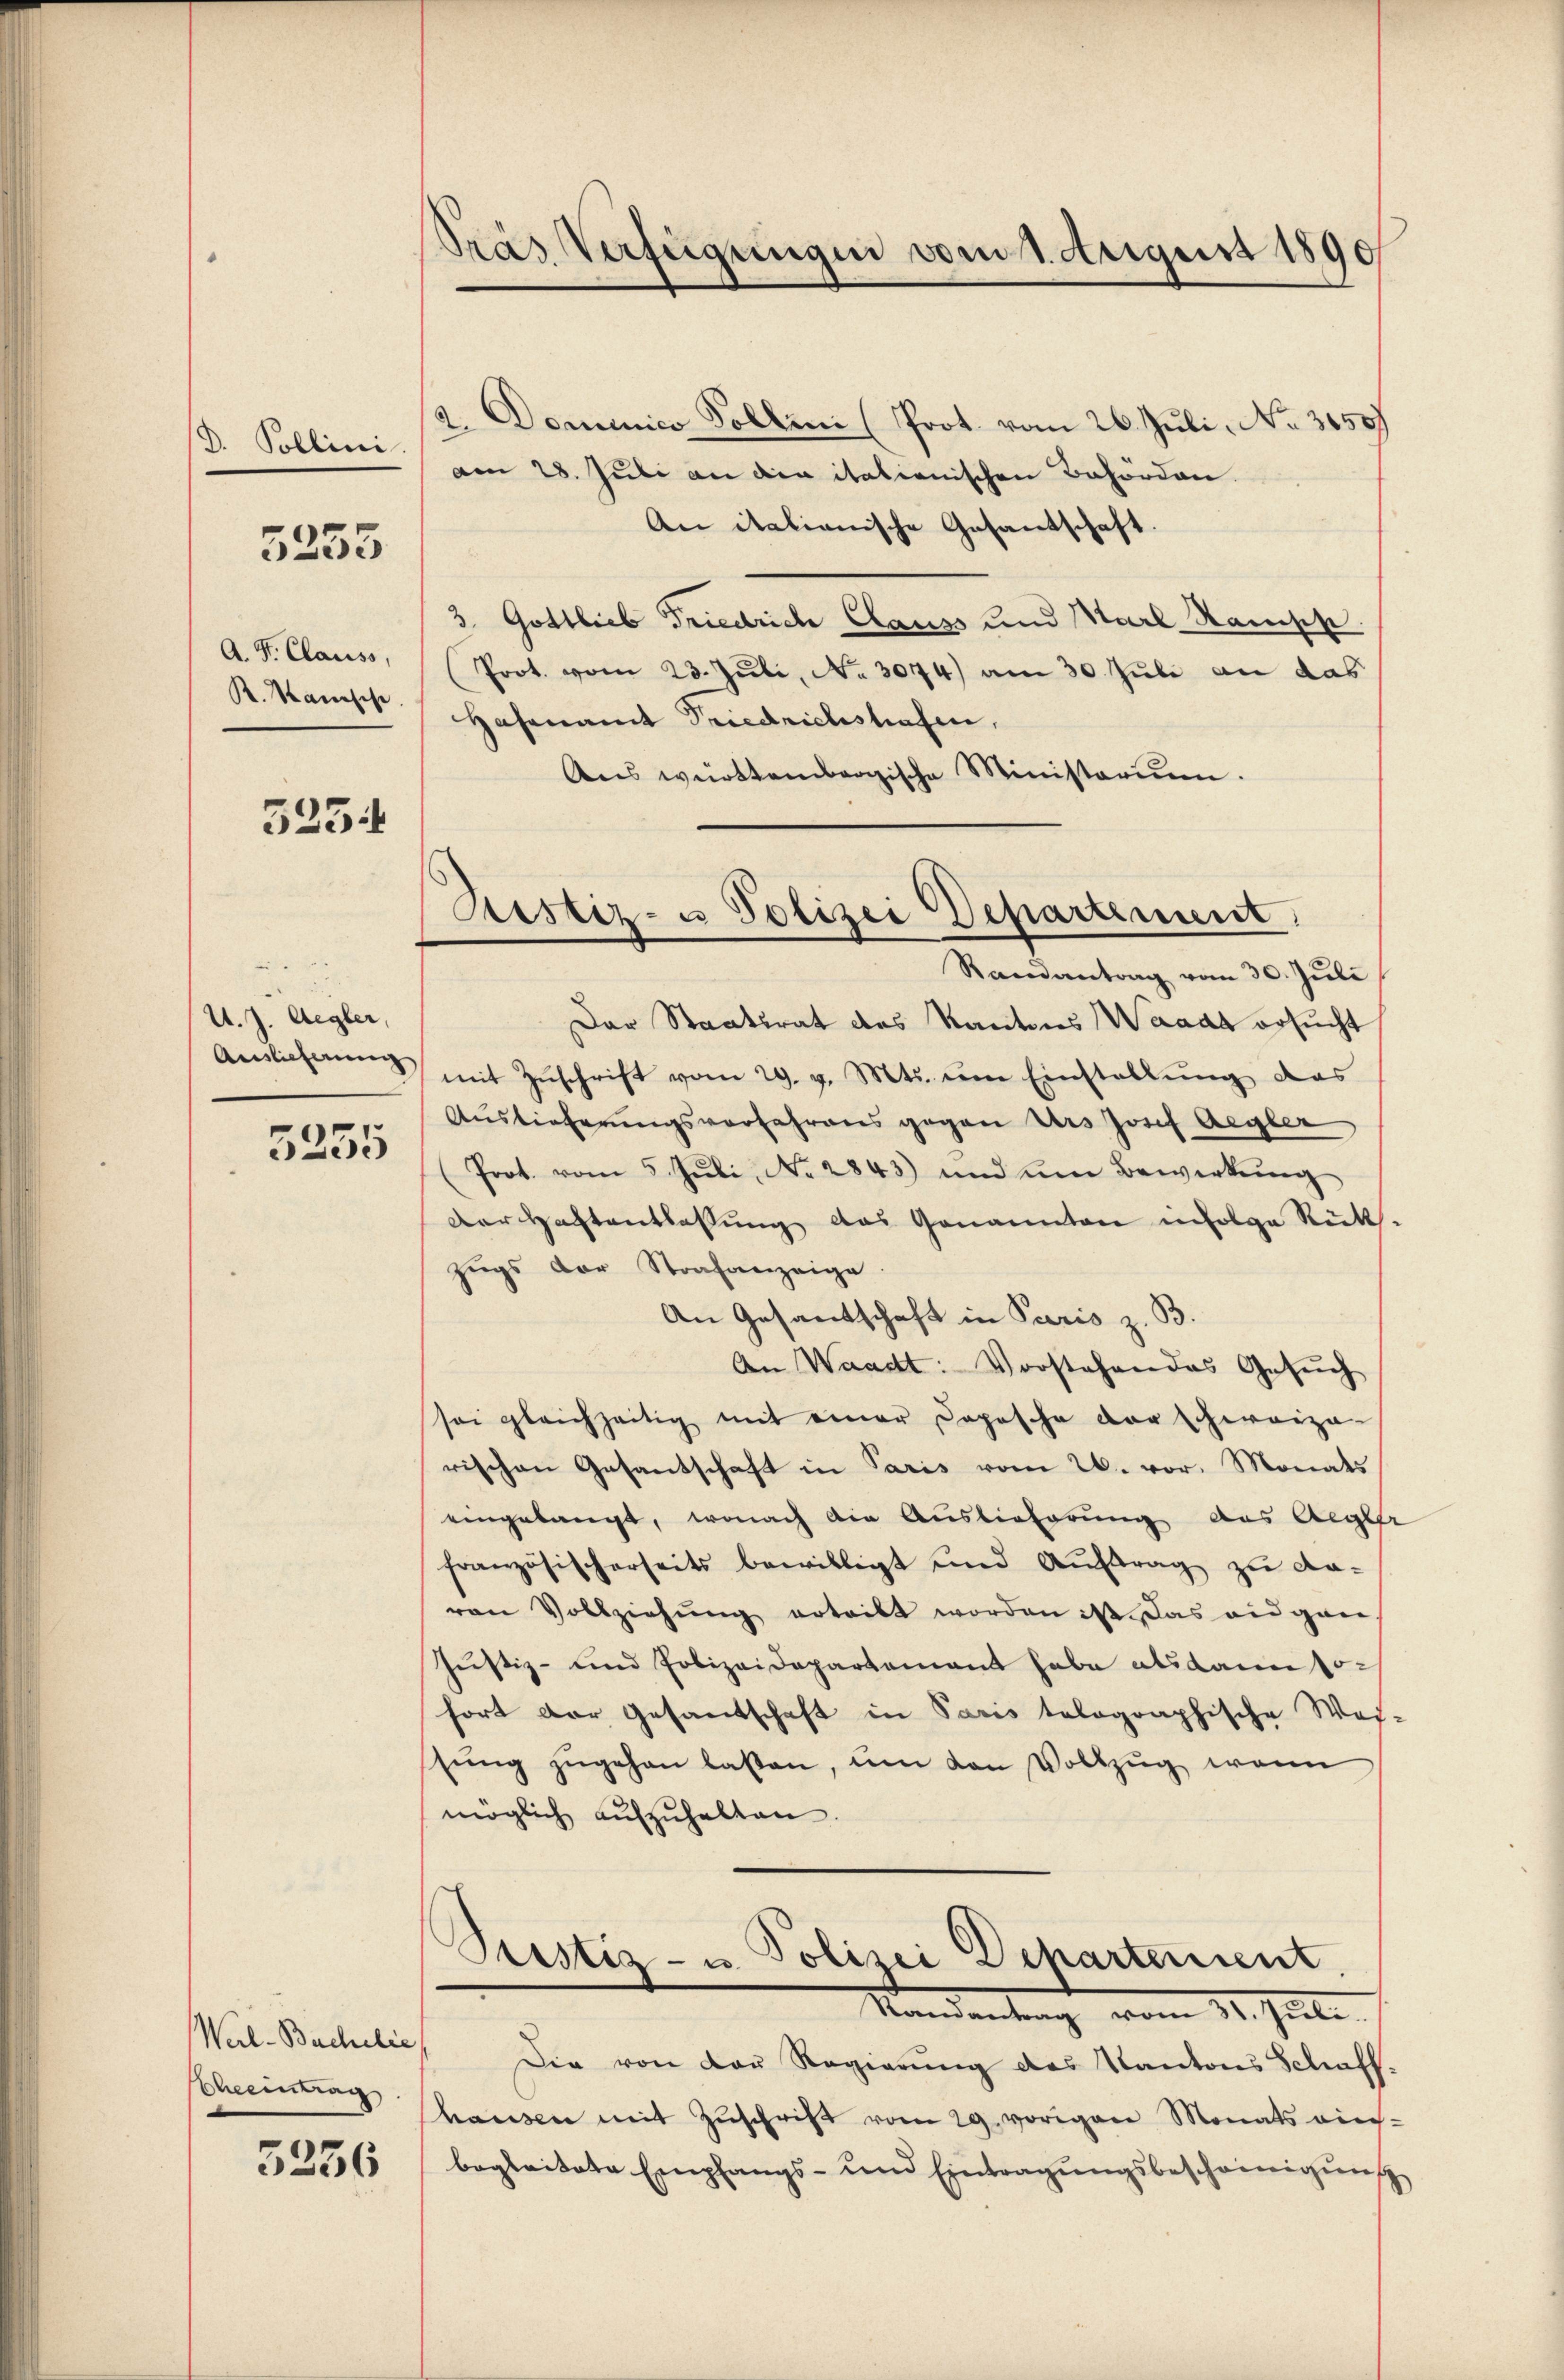
d. Pollini
A. F. Clauss,
K. Sanische

5253

3254

U. J. Aegler,
Auslieferung

5235

Warl-Buchelic
Scheintrag

3236

Pras Verfügungen vom 1. August 1890

2. Domenico Sollen (Prot. vom 26. Juli, No 3450)
am 28. Juli an die italienischen Behörden.
An italianische Gesantschaft.
3. Gottlieb Friedrich Clauss und Marl Rampe
Prot. vom 23. Juli, No 3074) am 30. Juli an das
Hasenamt Friedrichstrafen,
Ans württembergische Ministerium.

Sistiz- u Polizei Departement
Randantrag vom 30. Juli

Der Staatsrat des Kantons Waadt ersucht
mit Zŭschrift vom 29. v. Mts. im Einstellung das
Auslieferungsverfahrens gegen Urs Josef Aegler
Prot. vom 5. Jŭli No. 2843) und um Bewerkŭng
Der Haftentlassŭng das Genannten infolge Rück-
Zŭgs der Strafanzeige.
An Gesantschaft in Paris z. B.
An Waadt: Vorstehen das Gesŭch
sei gleichzeitig mit einer Dopische der schweize-
rischen Gesantschaft in Paris vom 26. vor. Monats
eingelangt, wonach die Auslieferung aus Aeger
französischerseits bewilligt und Auftrag zu da-
von Vollziehŭng erteilt worden ist. Das eidgan-
Justiz- und Polizeidepartement habe alsdann sofort der Gesandschaft in Paris talographische Was-
sŭng zŭgehen lassen, ŭm den Vollzŭg wenn
möglich aufzuhalten
Prestia- u. Polizei Departement
Mandantung vom 11. Juli.
Die von der Regierung des Kantons Schaff-
hausen mit Zŭschrift vom 29. vorigen Monats reich-
begleitete Empfangs- und Eintragŭngsbescheinigŭng